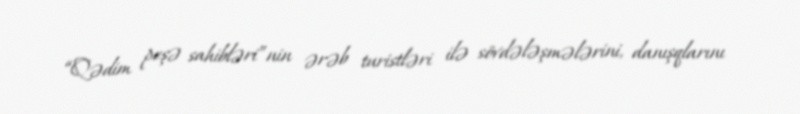
“Qədim peşə sahibləri”nin ərəb turistləri ilə sövdələşmələrini, danışqlarını